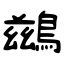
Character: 鷀